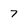
Character: 7